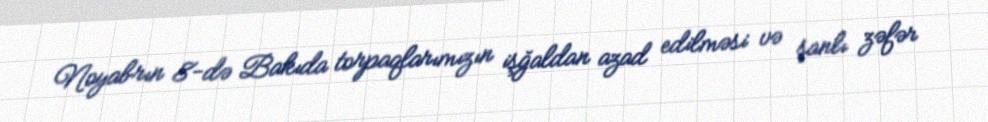
Noyabrın 8-də Bakıda torpaqlarımızın işğaldan azad edilməsi və şanlı zəfər